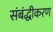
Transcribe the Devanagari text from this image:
संबंद्धीकरण